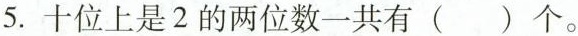
5.十位上是2的两位数一共有()个。